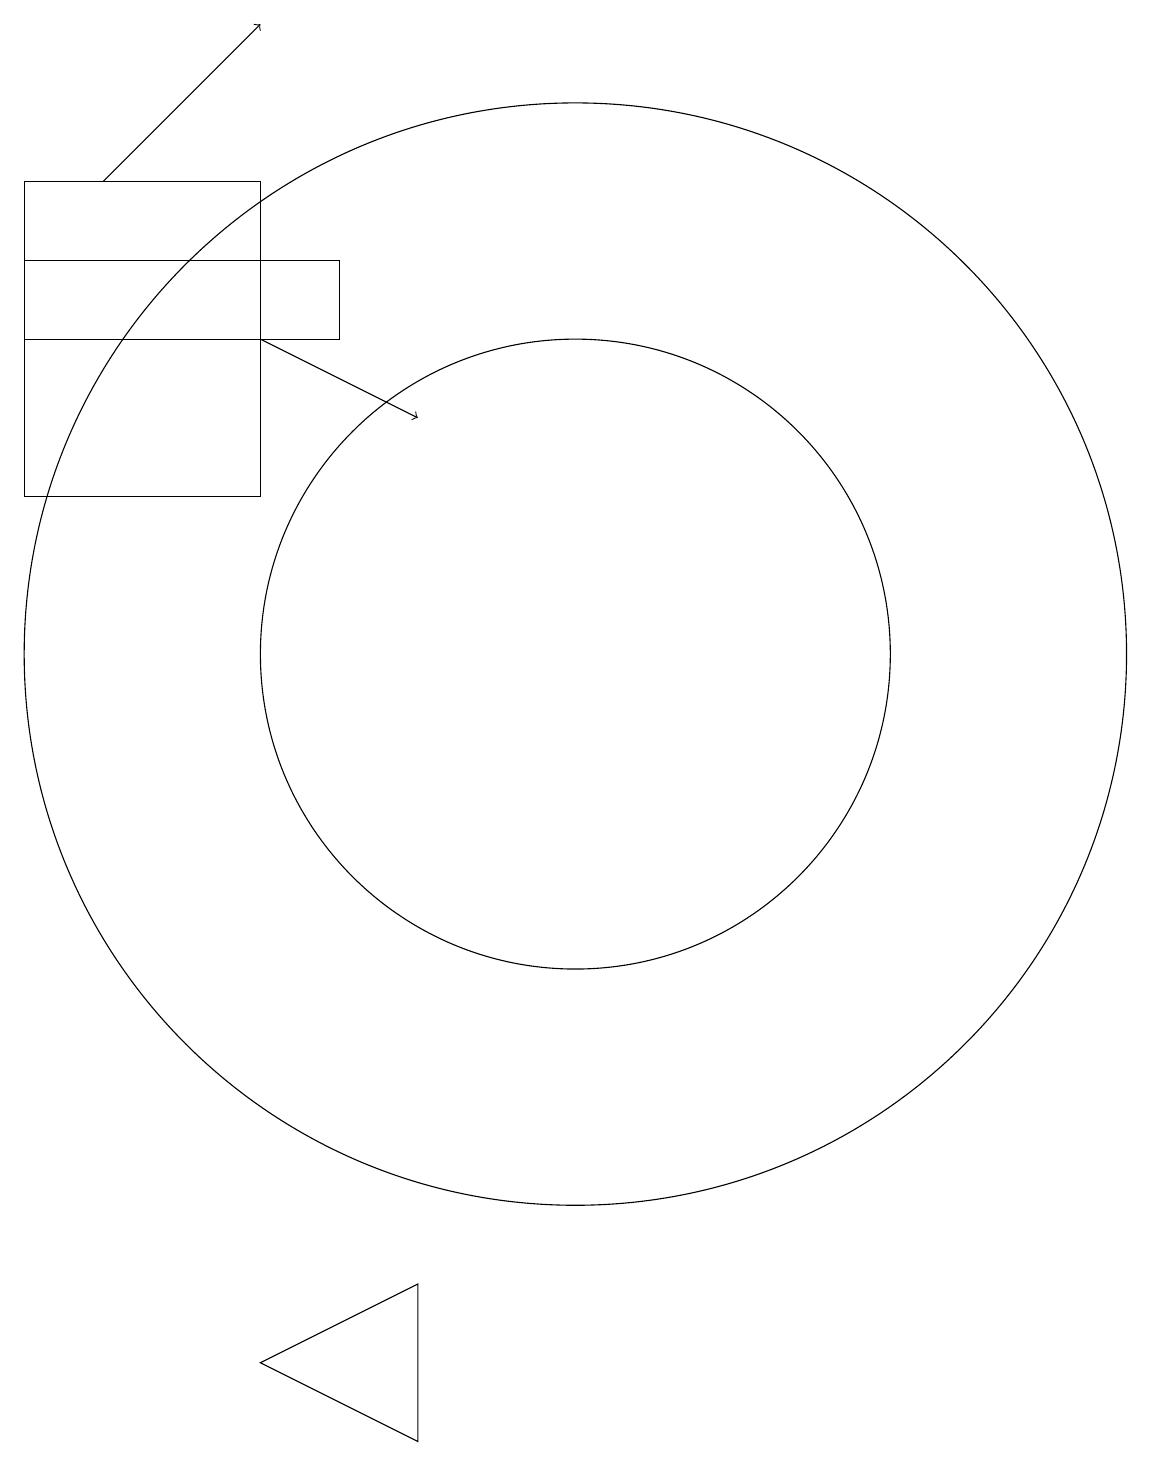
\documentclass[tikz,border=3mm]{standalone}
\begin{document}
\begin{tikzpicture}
\draw[->] (5,16) -- (7,18);
\draw (11,10) circle (4);
\draw (7,1) -- (9,0) -- (9,2) -- cycle;
\draw (4,16) rectangle (7,12);
\draw (11,10) circle (7);
\draw[->] (7,14) -- (9,13);
\draw (4,15) rectangle (8,14);
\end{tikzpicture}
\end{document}